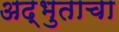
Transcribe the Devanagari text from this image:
अद्भुताचा